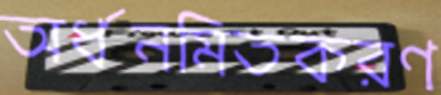
অর্ধনমিতকরণ